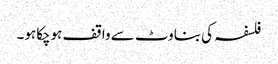
فلسفہ کی بناوٹ سے واقف ہوچکاہو۔